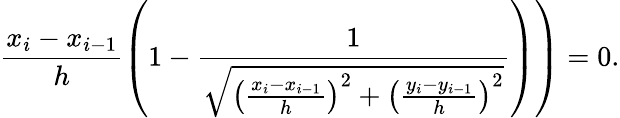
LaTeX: \left.\frac{x_{i}-x_{i-1}}{h}\left(1-\frac{1}{\sqrt{\left(\frac{x_{i}-x_{i-1}}{h}\right)^{2}+\left(\frac{y_{i}-y_{i-1}}{h}\right)^{2}}}\right)\right)=0.